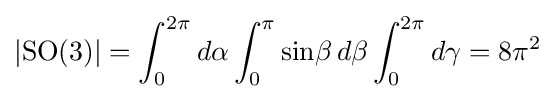
|\mathrm {SO} (3)|=\int _{0}^{2\pi }d\alpha \int _{0}^{\pi }\sin \!\beta \,d\beta \int _{0}^{2\pi }d\gamma =8\pi ^{2}